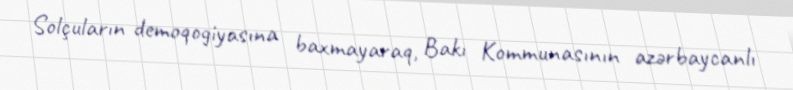
Solçuların demoqogiyasına baxmayaraq, Bakı Kommunasının azərbaycanlı